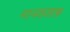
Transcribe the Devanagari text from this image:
मानशशास्त्र